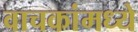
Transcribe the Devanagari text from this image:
वाचकांमध्ये